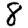
Digit: 8